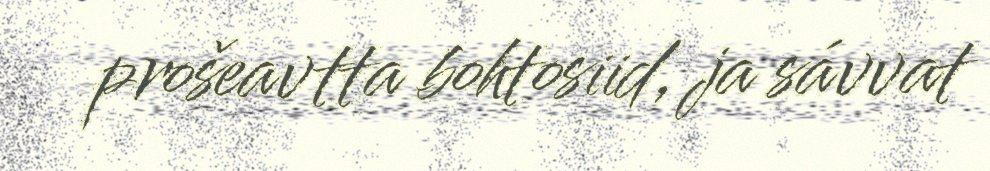
prošeavtta bohtosiid, ja sávvat